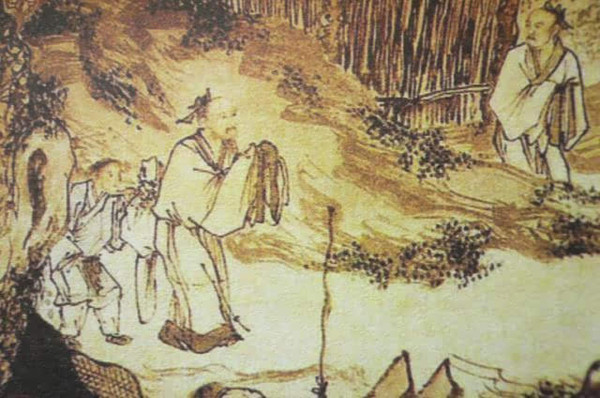
除腹心之疾，而置诸股肱，何益？